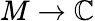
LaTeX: M\to\mathbb{C}